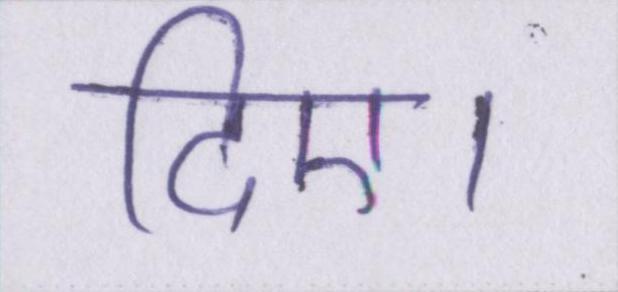
दिए।